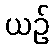
ယဉ်